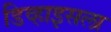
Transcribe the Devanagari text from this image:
डिव्हाइसला